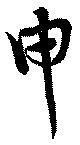
申